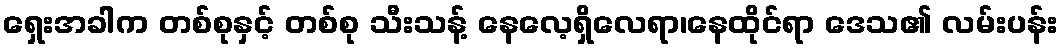
ရှေးအခါက တစ်စုနှင့် တစ်စု သီးသန့် နေလေ့ရှိလေရာ၊နေထိုင်ရာ ဒေသ၏ လမ်းပန်း